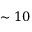
\sim 1 0